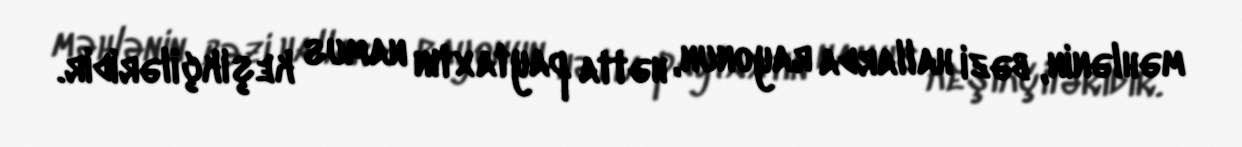
məhlənin, bəzi hallarda rayonun, hətta paytaxtın namus keşikçiləridir.